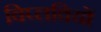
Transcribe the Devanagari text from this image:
विप्लवियों